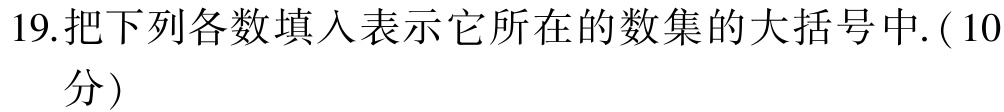
19.把下列各数填入表示它所在的数集的大括号中. ($10$分)